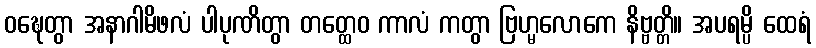
ဝဍ္ဎေတွာ အနာဂါမိဖလံ ပါပုဏိတွာ တတ္ထေဝ ကာလံ ကတွာ ဗြဟ္မလောကေ နိဗ္ဗတ္တိ။ အပရမ္ပိ ထေရံ